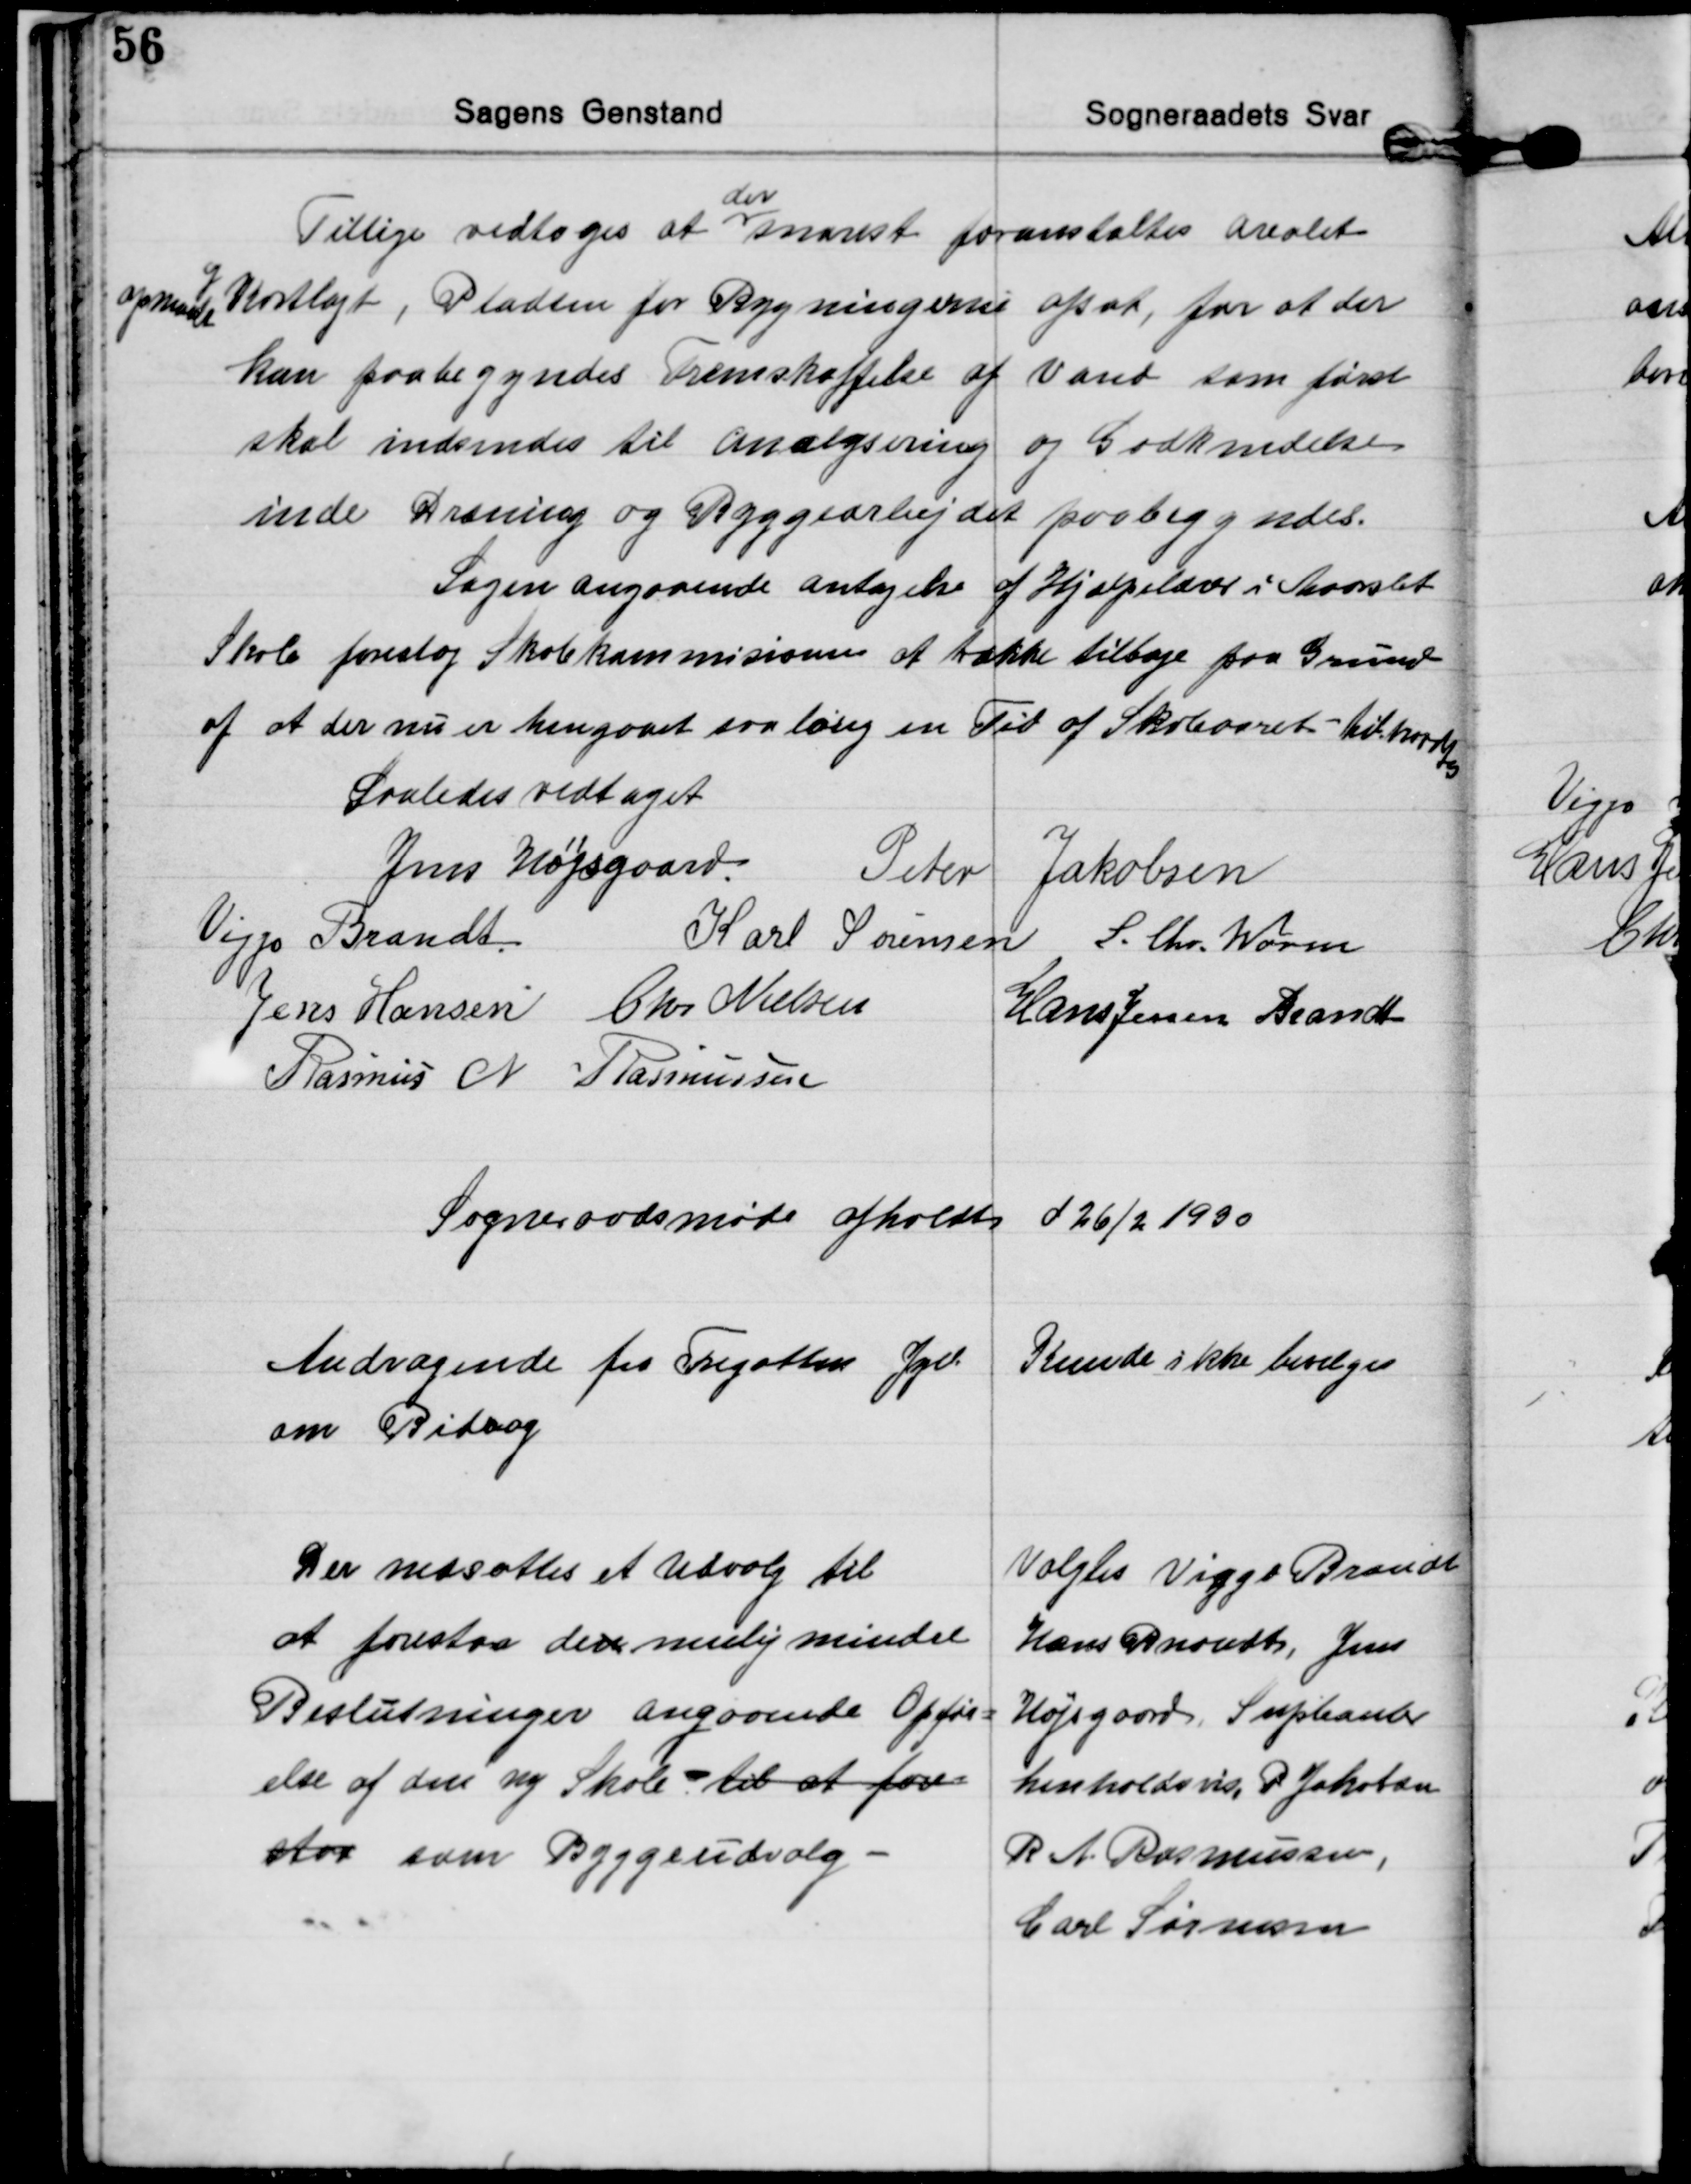
Transskription:
Tillige vedtoges at 
der
snarest foranstaltes arealet
opmaalt 
og
Kortlagt, Pladsen for Bygningerne afsat, for at der
kan paabegyndes Fremskaffelse af Vand som først
skal indsendes til analysering og Godkendelse
inde Dræning og Byggearbejdet paabegyndes.
Sagen angaaende antagelse af Hjælpelærer i Maarslet
Skole foreslog Skolekommisionen at trække tilbage paa Grund
af at der nu er hengaaet saa lang en Tid af Skoleaaret - tiltraadtes
Saaledes vedtaget
Jens Højsgaard.
Peter Jakobsen
Viggo Brandt.
Karl Sørensen S. Chr. Worm
Jens Hansen Chr Nielsen Hans Jessen Brandt
Rasmus N. Rasmussen

Sogneraadsmøde afholdts d 26/2 1930

Andragende fra Fregatten Jyll.
om Bidrag
Kunde ikke bevilges

Der nedsattes et Udvalg til
at forestaa den mulig mindre
Beslutninger angaaende Opfør=
else af den ny Skole - til at fore=
staa som Byggeudvalg 
Valgtes Viggo Brandt
Hans Brandt, Jens
Højsgaard, Supleanter
henholdsvis, P Jakobsen
R N. Rasmussen,
Carl Sørensen